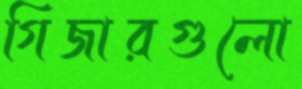
গিজারগুলো